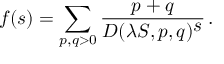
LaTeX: f ( s ) = \sum _ { p , q > 0 } \frac { p + q } { D ( \lambda S , p , q ) ^ { \textstyle s } } \, .